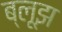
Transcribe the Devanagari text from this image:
ब्लूझ